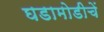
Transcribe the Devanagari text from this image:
घडामोडीचें